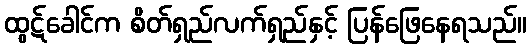
ထွဋ်ခေါင်က စိတ်ရှည်လက်ရှည်နှင့် ပြန်ဖြေနေရသည်။